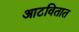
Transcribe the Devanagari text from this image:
आटवितात